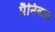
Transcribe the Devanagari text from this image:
पैनिकल